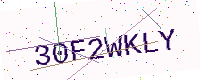
Text: 30F2WKLY